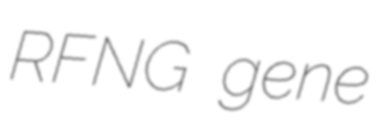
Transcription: RFNG gene